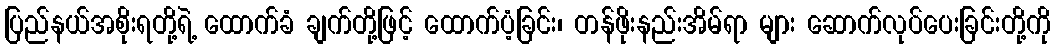
ပြည်နယ်အစိုးရတို့ရဲ့ ထောက်ခံ ချက်တို့ဖြင့် ထောက်ပံ့ခြင်း၊ တန်ဖိုးနည်းအိမ်ရာ များ ဆောက်လုပ်ပေးခြင်းတို့ကို